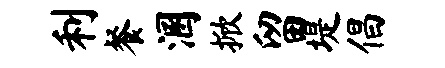
利餐溷掀留堤倡